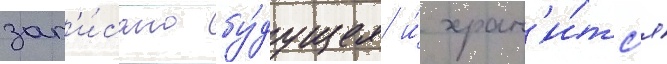
зап'и́сано бу́дущее и́ хран'и́тс'я